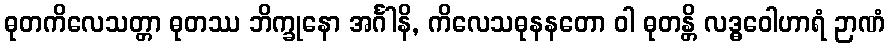
ဓုတကိလေသတ္တာ ဓုတဿ ဘိက္ခုနော အင်္ဂါနိ, ကိလေသဓုနနတော ဝါ ဓုတန္တိ လဒ္ဓဝေါဟာရံ ဉာဏံ